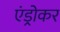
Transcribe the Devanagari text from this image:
एंड्रोकर